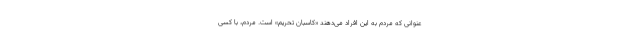
عنوانی که مردم به این افراد می‌دهند «کاسبان تحریم» است. مردم، با کسی